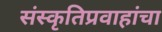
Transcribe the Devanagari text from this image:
संस्कृतिप्रवाहांचा